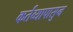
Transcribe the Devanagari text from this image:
कर्तव्यापासुन